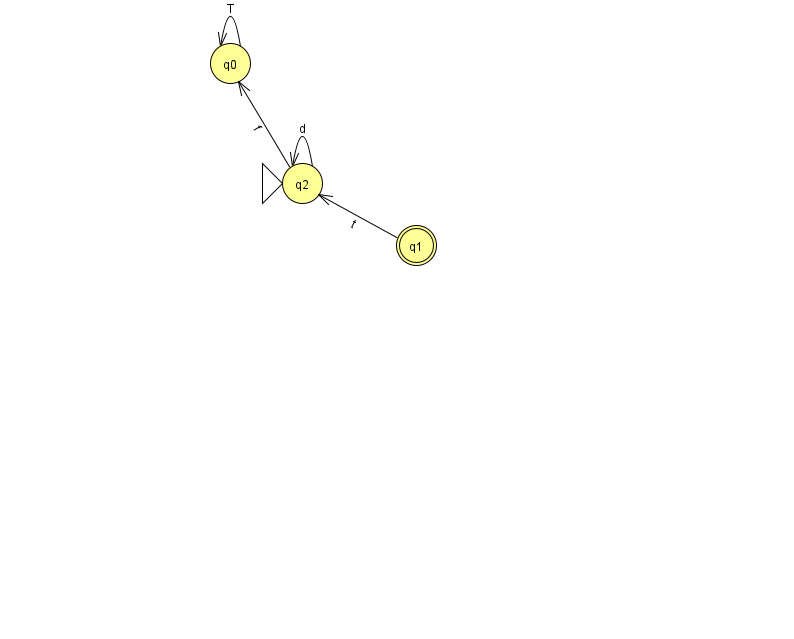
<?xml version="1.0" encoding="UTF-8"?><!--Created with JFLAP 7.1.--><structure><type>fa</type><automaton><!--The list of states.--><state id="0" name="q0"><x>230.0</x><y>50.0</y></state><state id="1" name="q1"><x>416.0</x><y>232.0</y><final/></state><state id="2" name="q2"><x>302.0</x><y>170.0</y><initial/></state><!--The list of transitions.--><transition><from>0</from><to>0</to><read>T</read></transition><transition><from>2</from><to>0</to><read>f</read></transition><transition><from>2</from><to>2</to><read>d</read></transition><transition><from>1</from><to>2</to><read>t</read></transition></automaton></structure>